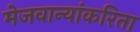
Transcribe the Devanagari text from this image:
मेजवान्यांकरिता